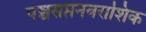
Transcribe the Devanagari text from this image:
पञ्चसप्तनवराशिक